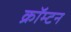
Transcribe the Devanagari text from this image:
क्रॉम्टन